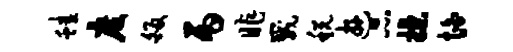
蛙度皈丙昨崴税游品揲怕